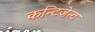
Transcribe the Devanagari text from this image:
कन्टिजेन्ट